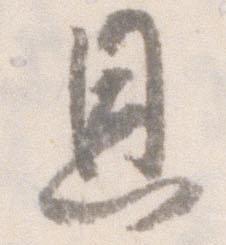
恩